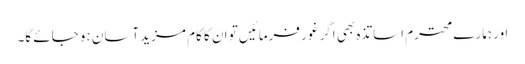
اور ہمارے محترم اساتذہ بھی اگر غور فرمائیں تو ان کا کام مزید آسان ہو جائے گا۔